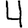
Digit: 4